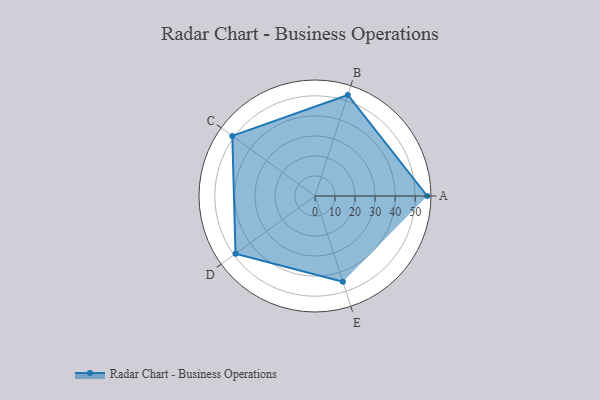
{"axis": {"x": "Skill", "y": "Score"}, "legend": ["Profile"], "data": [{"x": "A", "y": 56.0, "type": "Profile"}, {"x": "B", "y": 53.0, "type": "Profile"}, {"x": "C", "y": 51.0, "type": "Profile"}, {"x": "D", "y": 49.0, "type": "Profile"}, {"x": "E", "y": 45.0, "type": "Profile"}]}